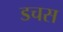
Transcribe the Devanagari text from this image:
डचस